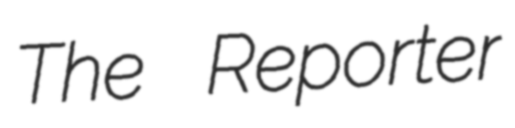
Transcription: The Reporter